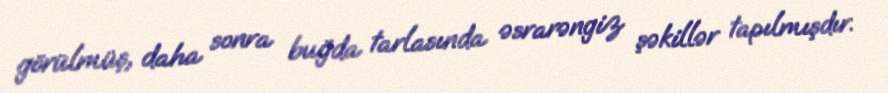
görülmüş, daha sonra buğda tarlasında əsrarəngiz şəkillər tapılmışdır.